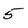
Character: 5